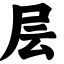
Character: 层